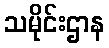
သမိုင်းဌာန